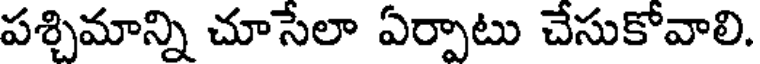
పశ్చిమాన్ని చూసేలా ఏర్పాటు చేసుకోవాలి.